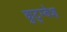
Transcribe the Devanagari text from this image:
कुटुम्बेश